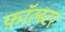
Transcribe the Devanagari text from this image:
फ़ॉल्स्टर